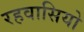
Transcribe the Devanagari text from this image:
रहवासियो